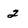
Character: 2